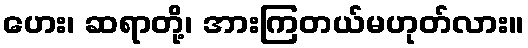
ဟေး၊ ဆရာတို့၊ အားကြတယ်မဟုတ်လား။